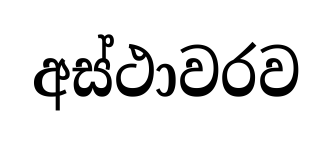
අස්ථාවරව